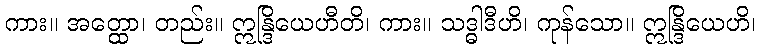
ကား။ အတ္ထော၊ တည်း။ ဣန္ဒြိယေဟီတိ၊ ကား။ သဒ္ဓါဒီဟိ၊ ကုန်သော။ ဣန္ဒြိယေဟိ၊